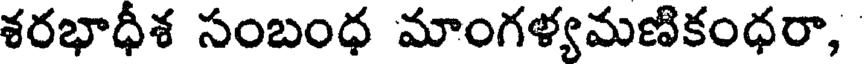
శరభాధీశ సంబంధ మాంగళ్యమణికంధరా,